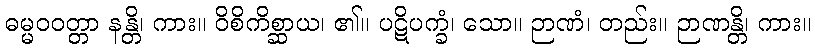
ဓမ္မဝဝတ္တာ နန္တိ၊ ကား။ ဝိစိကိစ္ဆာယ၊ ၏။ ပဋိပက္ခံ၊ သော။ ဉာဏံ၊ တည်း။ ဉာဏန္တိ၊ ကား။